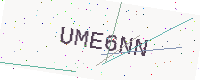
Text: UME6NN